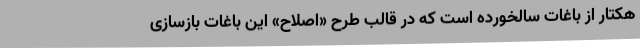
هکتار از باغات سالخورده است که در قالب طرح «اصلاح» این باغات بازسازی